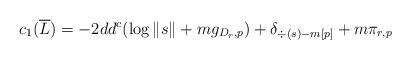
LaTeX: \begin{align*} c_1(\overline{L})= -2dd^c(\log \|s\| + mg_{D_r,p})+\delta_{\div(s)-m[p]} + m\pi_{r,p} \end{align*}